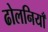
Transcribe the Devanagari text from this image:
ढोलनियाँ